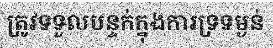
ត្រូវទទួលបន្ទក់ក្នុងការទ្រទម្ងន់